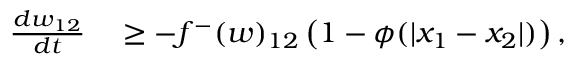
\begin{array} { r l } { \frac { d w _ { 1 2 } } { d t } } & { { } \geq - f ^ { - } ( w ) _ { 1 2 } \, \big ( 1 - \phi ( | x _ { 1 } - x _ { 2 } | ) \big ) \, , } \end{array}